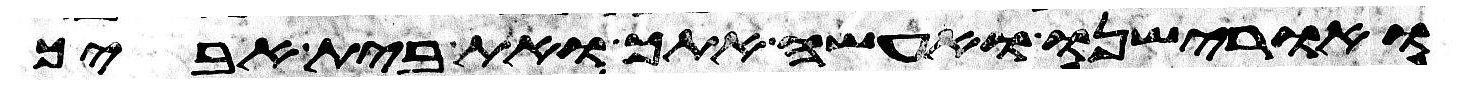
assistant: ואורישנו ואעשה אתך ואת בית אביך